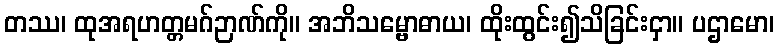
တဿ၊ ထုအရဟတ္တမဂ်ဉာဏ်ကို။ အဘိသမ္ဗောဓာယ၊ ထိုးထွင်း၍သိခြင်းငှာ။ ပဌာမော၊